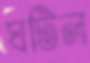
ঘটিল